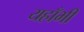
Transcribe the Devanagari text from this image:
यहाँभी